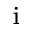
_ \mathrm { i }